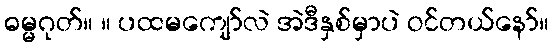
ဓမ္မဂုတ်။ ။ ပထမကျော်လဲ အဲဒီနှစ်မှာပဲ ဝင်တယ်နော်။